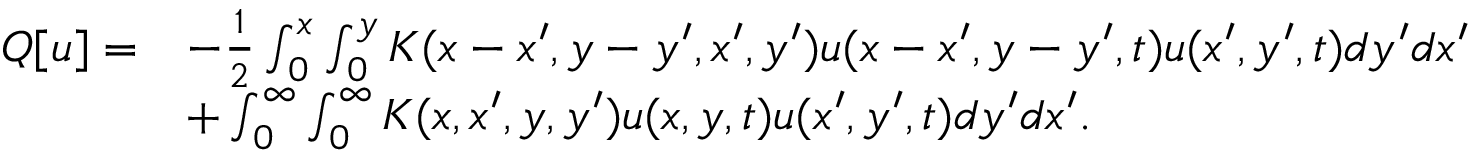
\begin{array} { r l } { Q [ u ] = } & { - \frac { 1 } { 2 } \int _ { 0 } ^ { x } \int _ { 0 } ^ { y } K ( x - x ^ { \prime } , y - y ^ { \prime } , x ^ { \prime } , y ^ { \prime } ) u ( x - x ^ { \prime } , y - y ^ { \prime } , t ) u ( x ^ { \prime } , y ^ { \prime } , t ) d y ^ { \prime } d x ^ { \prime } } \\ & { + \int _ { 0 } ^ { \infty } \int _ { 0 } ^ { \infty } K ( x , x ^ { \prime } , y , y ^ { \prime } ) u ( x , y , t ) u ( x ^ { \prime } , y ^ { \prime } , t ) d y ^ { \prime } d x ^ { \prime } . } \end{array}